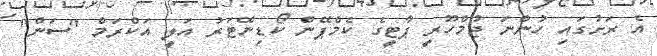
އެ ރަށުގައި ހުންނަ ޖުމްހޫރީ ޕާޓީގެ ކެމްޕޭން ކޯޑިނޭޓަރު އަލީ އަކްރަމް "ސަން"